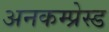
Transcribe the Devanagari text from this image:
अनकम्प्रेस्ड